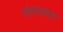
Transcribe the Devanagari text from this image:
गंगापाट